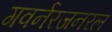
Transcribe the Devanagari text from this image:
गवर्नरजनरल